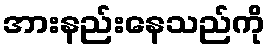
အားနည်းနေသည်ကို